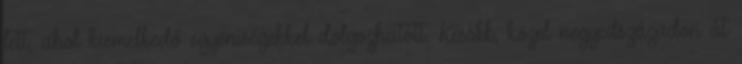
lett, ahol kiemelkedő egyéniségekkel dolgozhatott. Később, közel negyedszázadon át